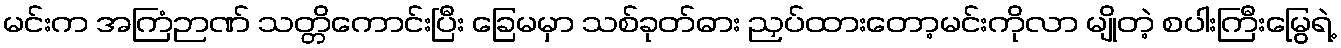
မင်းက အကြံဉာဏ် သတ္တိကောင်းပြီး ခြေမမှာ သစ်ခုတ်ဓား ညှပ်ထားတော့မင်းကိုလာ မျိုတဲ့ စပါးကြီးမြွေရဲ့